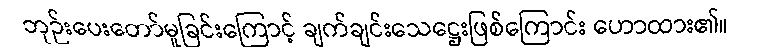
ဘုဉ်းပေးတော်မူခြင်းကြောင့် ချက်ချင်းသေဋ္ဌေးဖြစ်ကြောင်း ဟောထား၏။